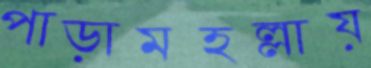
পাড়ামহল্লায়